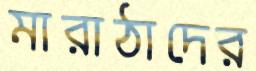
মারাঠাদের